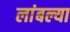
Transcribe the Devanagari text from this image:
लांबल्या